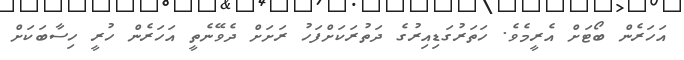
އަހަރެން ބޯޓަށް އެރީމެވެ. ހަތަރުގަޑިއިރުގެ ދަތުރަކަށްފަހު ރަށަށް ދެވޭނެތީ އަހަރެން ހުރީ ހިސާބަކަށް